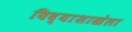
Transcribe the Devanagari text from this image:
विद्याशाखेला